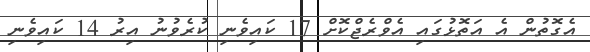
އެގޮތުން އެ އަތޮޅުގައި އެވްރެޖްކޮށް 17 ކައިވެނި ކުރެވުނު އިރު 14 ކައިވެނި